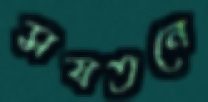
সযতনে